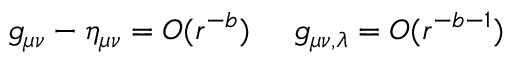
g _ { \mu \nu } - \eta _ { \mu \nu } = O ( r ^ { - b } ) \; \; \; \; \; g _ { \mu \nu , \lambda } = O ( r ^ { - b - 1 } )